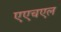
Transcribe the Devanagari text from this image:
एएचएल